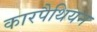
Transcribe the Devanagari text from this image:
कारपैथियन